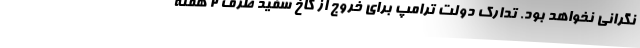
نگرانی نخواهد بود. تدارک دولت ترامپ برای خروج از کاخ سفید ظرف ۲ هفته